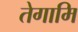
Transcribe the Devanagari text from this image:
तेगामि